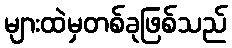
များထဲမှတစ်ခုဖြစ်သည်